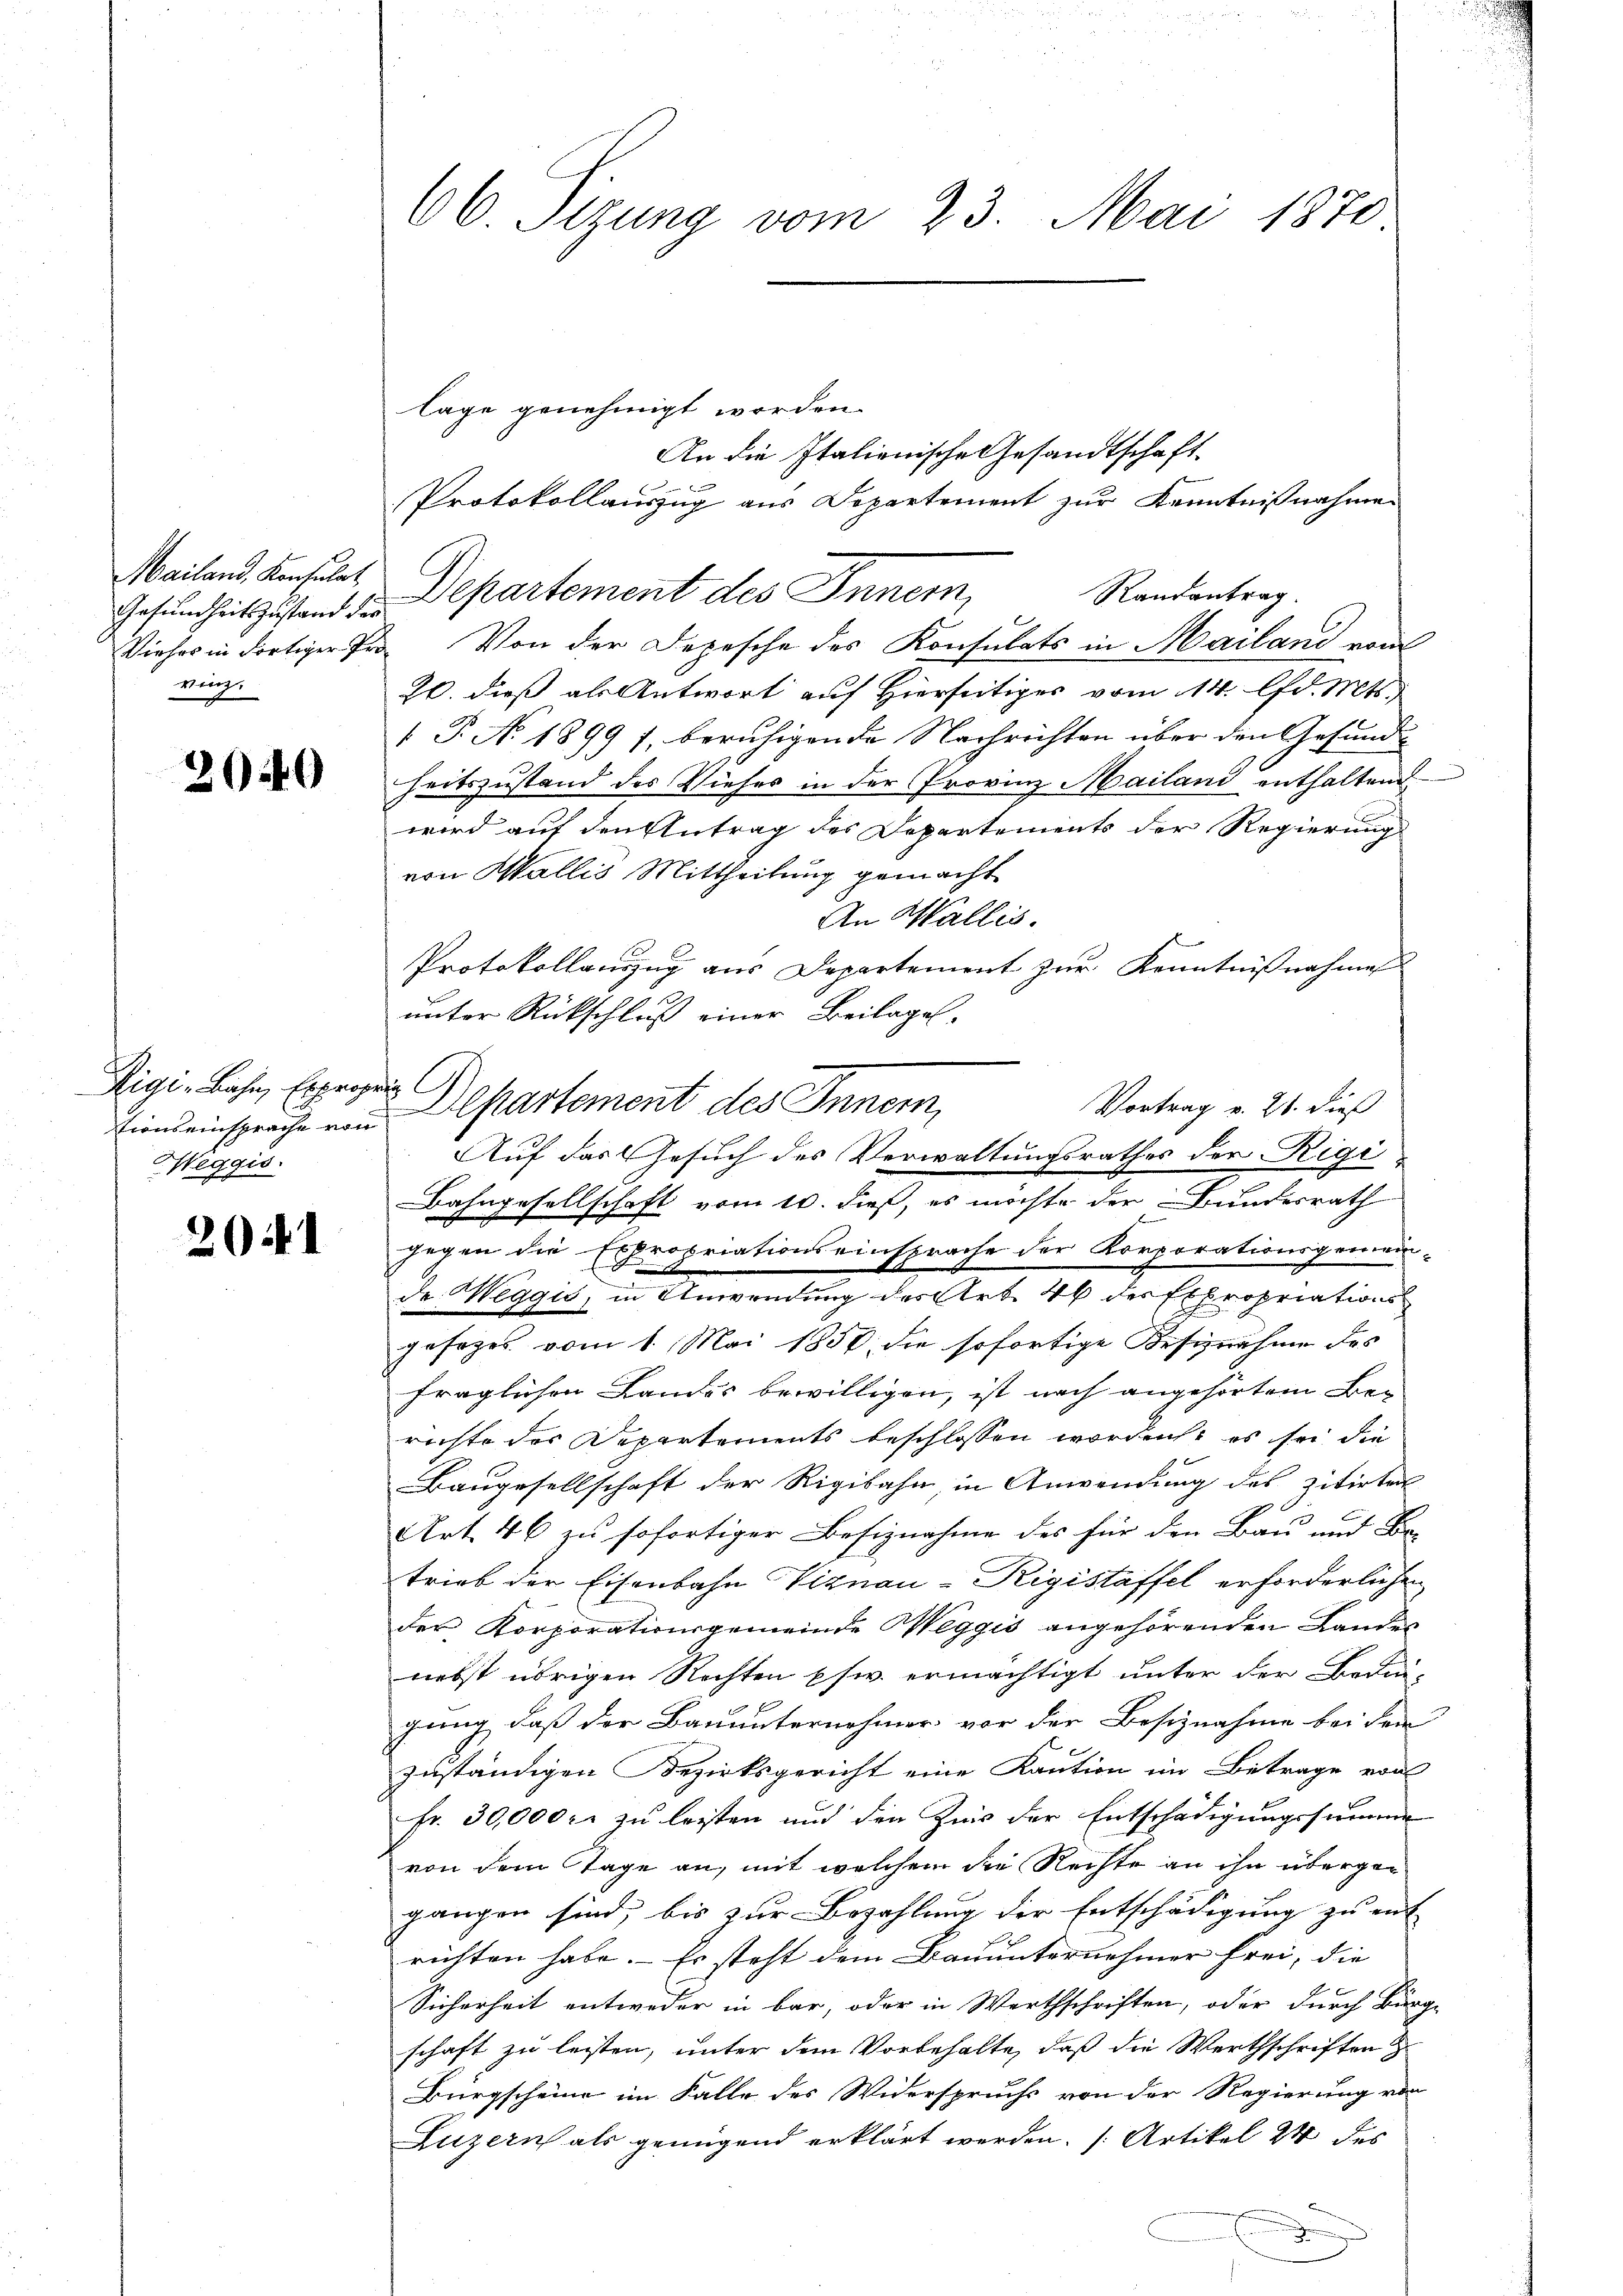
Gesundheitszustand die
vinz.

209

Rigi-Bahn, Expropen
Heggis

2041

66. Sizung vom 23. Mai 1870

lage genehmigt worden.
Mailand. Konsuls Departement des Innern,
Vieher in dortiger Pro Von der Depesche des Konsulats in Mailand vom
26. dieß als Antwort auf Hierseitiges vom 14. lfd. Mts.
 P. N. 1899 f. beruhigende Nachrichten über den Gesundheitszustand des Viehes in der Provinz Mailand enthaltend
wird auf den Antrag des Departements der Regierung
von Wallis Mittheilung gemacht
An Wallis.
Protokollauszug aus Departement zur Kenntnißnahme
gegen die Expropriationseinsprache der Korporationsgemein-
gesezes vom 1. Mai 1858 die sofortige Besiznahme des
fraglichen Landes bewilligen, ist nach angehörtem Berichte der Departements beschlossen worden, es sei die
Baugesellschaft der Rigibahn, in Anwendung des zitirten
Art. 46 zu sofortiger Besiznahme des für den Bau und Be-
trieb der Eisenbahn Viznau-Rigistäffel erforderlichen
der Korporationsgemeinde Weggis angehörenden Landes
nebst übrigen Rechten psw. ermächtigt unter der Bedin-
gung, daß der Bauunternehmer vor der Besiznahme bei dem
zuständigen Bezirksgericht eine Kaution im Betrage vor
fr. 30,000 fl zu leisten und den Zins der Entschädigungssumme
von dem Tage an, mit welchem die Rechte an ihn übergegangen sind, bis zur Bezahlung der Entschädigung zu ent
richten habe. Er steht dem Bauunternehmer frei, die
Sicherheit entweder in bar, oder in Werthschriften, oder durch Bürg-
schaft zu leisten, unter dem Vorbehalte, daß die Werthschriften
Bürgscheine im Falle des Widerspruchs von der Regierung von
Luzern als genügend erklärt werden. (Artikel 24 des

x

Brun
Protokollauszug aus Departement zur Kenntnißnahmen
Randantrag.

unter Rückschluß einer Beilage.
Vortrag v. 21. dieß
tionseinsprache von Departement des Inner,
Auf das Gesuch des Verwaltungsrathes der Rigi
Bahngesellschaft vom 10. dieß, es möchte der Bundesrath

de Weggis, in Anwendung der Art. 46 der Expropriations¬

An die Italienische Gesandtschaft.

.